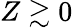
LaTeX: Z\gtrsim 0